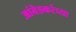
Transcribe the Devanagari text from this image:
आंबेडकरंच्या